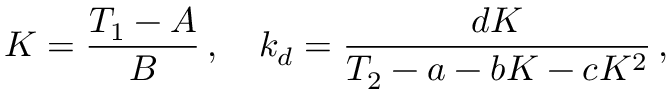
K = \frac { T _ { 1 } - A } { B } \, , \quad k _ { d } = \frac { d K } { T _ { 2 } - a - b K - c K ^ { 2 } } \, ,